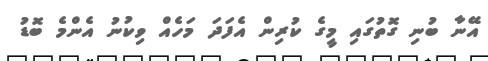
އޭނާ ބުނި ގޮތުގައި މީގެ ކުރިން އެފަދަ މަހެއް ވިކުނު އެންމެ ބޮޑު